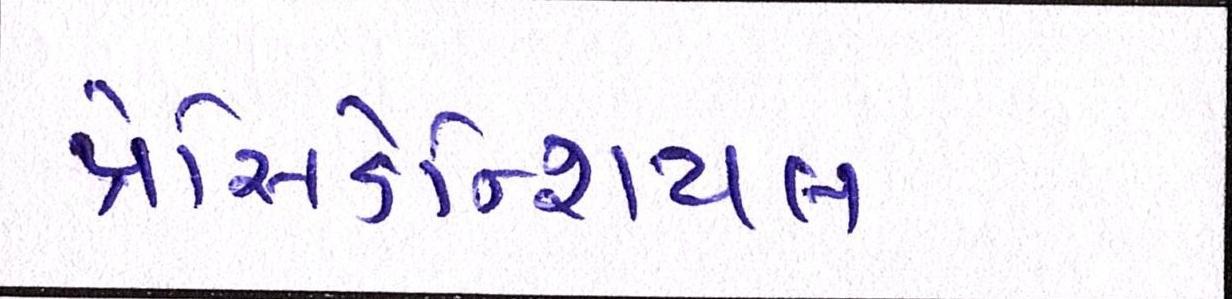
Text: પ્રેસિડેન્શિયલ